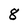
Character: 8